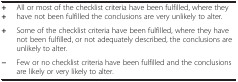
|  |  |
 | --- | --- |
 | ++ | All or most of the checklist criteria have been fulfilled, where they have not been fulfilled the conclusions are very unlikely to alter. |
 | + | Some of the checklist criteria have been fulfilled, where they have not been fulfilled, or not adequately described, the conclusions are unlikely to alter. |
 | - | Few or no checklist criteria have been fulfilled and the conclusions are likely or very likely to alter. |